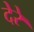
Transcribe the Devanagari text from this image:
देरे